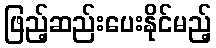
ဖြည့်ဆည်းပေးနိုင်မည့်